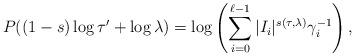
LaTeX: \begin{align*}P ( ( 1 - s ) \log \tau ' + \log \lambda ) = \log \left( \sum _{i=0} ^{\ell - 1} | I _i | ^{s( \tau , \lambda)} \gamma _i ^{-1} \right) ,\end{align*}